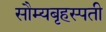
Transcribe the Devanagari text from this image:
सौम्यबृहस्पती